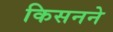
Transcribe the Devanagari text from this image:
किसनने